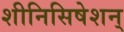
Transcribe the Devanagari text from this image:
शीनिसिषेशन्